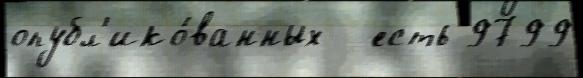
опубл'ико́ванных - есть 9799